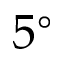
5 ^ { \circ }